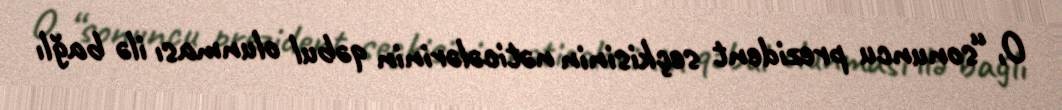
O, “sonuncu prezident seçkisinin nəticələrinin qəbul olunması ilə bağlı